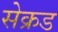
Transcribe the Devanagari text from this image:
सेक्रड